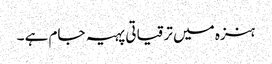
ہنزہ میں ترقیاتی پہیہ جام ہے ۔